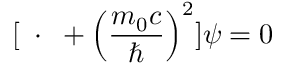
[ \mathbf { \partial } \cdot \mathbf { \partial } + \left( { \frac { m _ { 0 } c } { \hbar } } \right) ^ { 2 } ] \psi = 0